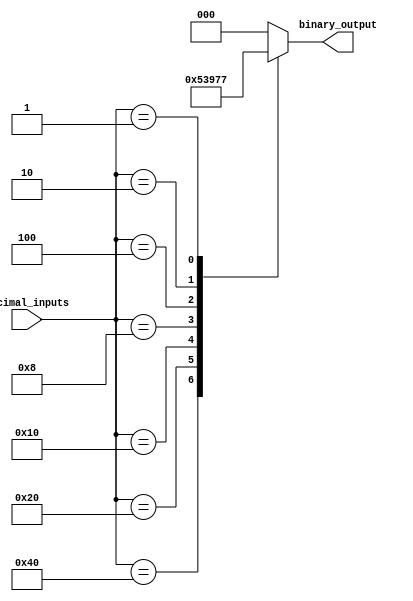
module priority_encoder (
    input [7:0] decimal_inputs,
    output reg [2:0] binary_output
);

always @(*) begin
    case(decimal_inputs)
        8'b1000_0000: binary_output = 3'b000; // Highest priority input
        8'b0100_0000: binary_output = 3'b001;
        8'b0010_0000: binary_output = 3'b010;
        8'b0001_0000: binary_output = 3'b011;
        8'b0000_1000: binary_output = 3'b100;
        8'b0000_0100: binary_output = 3'b101;
        8'b0000_0010: binary_output = 3'b110;
        8'b0000_0001: binary_output = 3'b111;
        default: binary_output = 3'b000; // Default output if no inputs
    endcase
end

endmodule